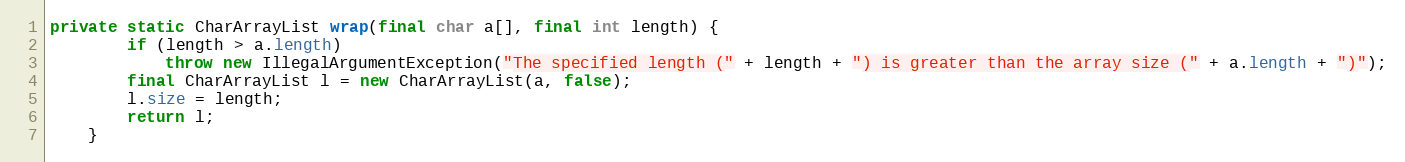
Language: Java
private static CharArrayList wrap(final char a[], final int length) {
        if (length > a.length)
            throw new IllegalArgumentException("The specified length (" + length + ") is greater than the array size (" + a.length + ")");
        final CharArrayList l = new CharArrayList(a, false);
        l.size = length;
        return l;
    }